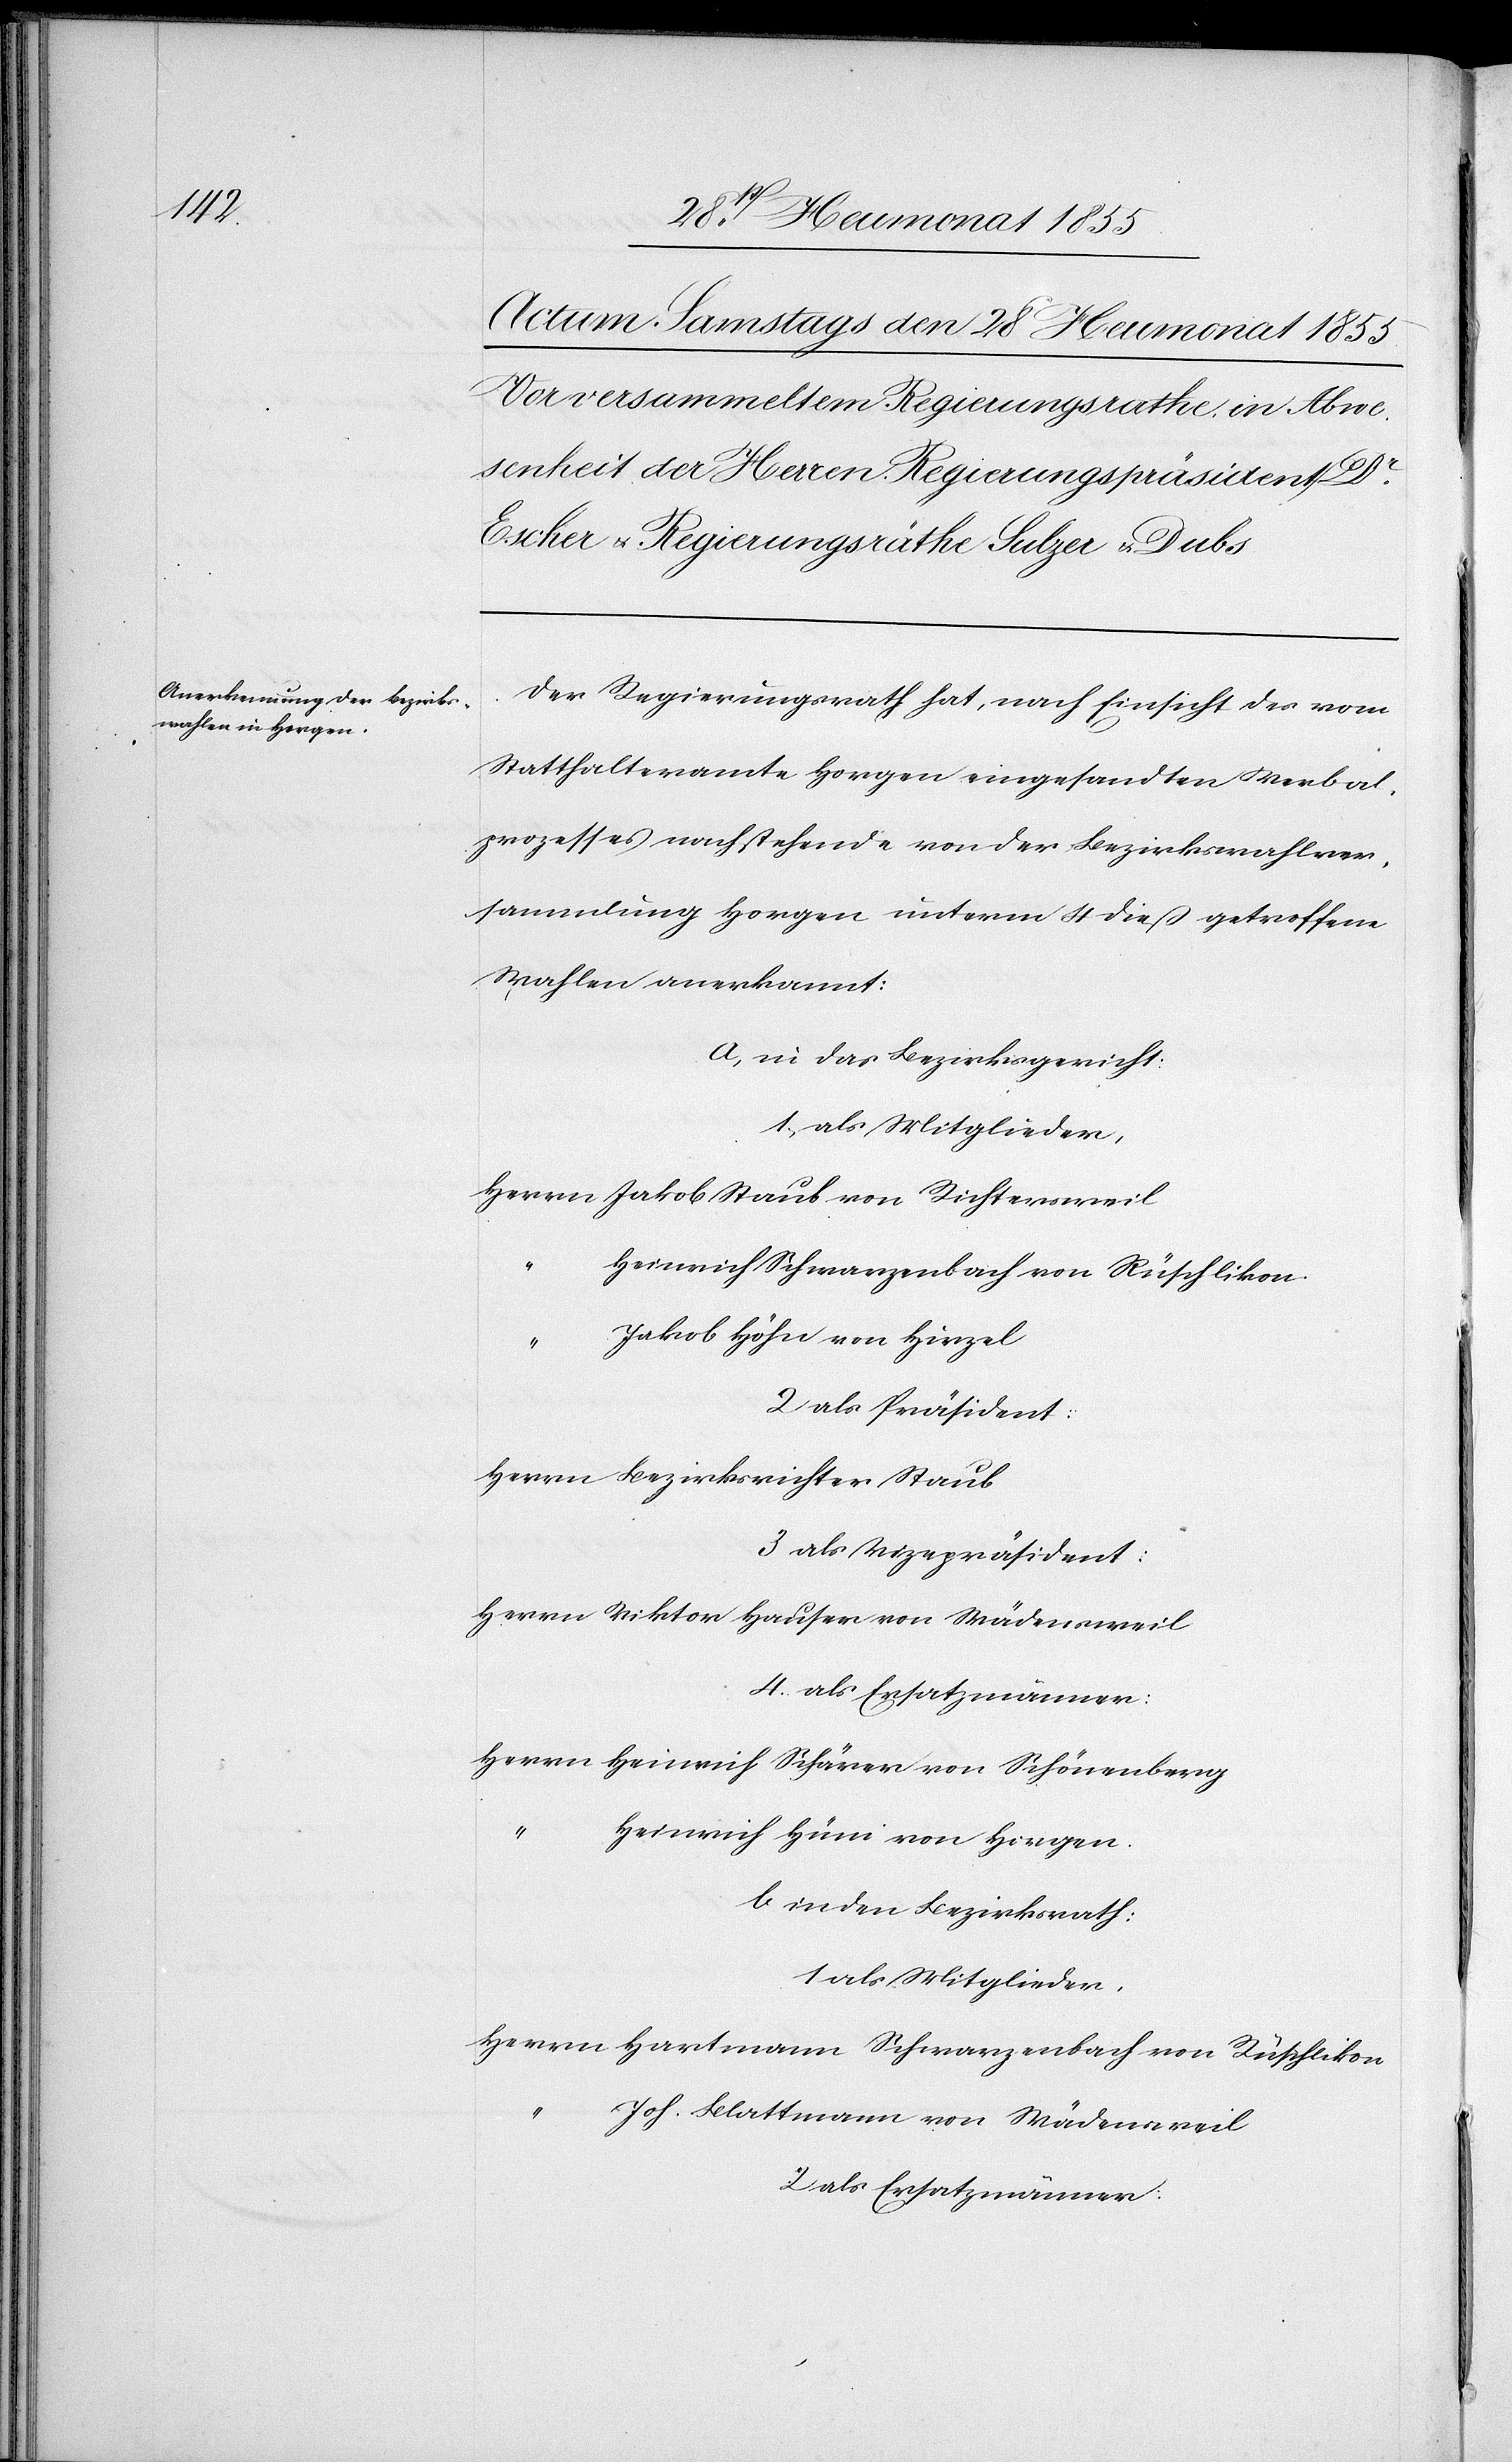
Der Regierungsrath hat, nach Einsicht des vom
Statthalteramte Horgen eingesandten Verbal¬
prozesses nachstehende von der Bezirkswahlver¬
sammlung Horgen unterm 4 dieß getroffene
Wahlen anerkannt:
a, in das Bezirksgericht:
1, als Mitglieder,
Herrn Jakob Staub von Richtersweil
Heinrich Schwarzenbach von Rüschlikon.
Jakob Höhn von Hirzel
2 als Präsident:
Herrn Bezirksrichter Staub
3 als Vizepräsident:
Herrn Viktor Hauser von Wädensweil
4. als Ersatzmänner:
Herrn Heinrich Schärer von Schönenberg
“
Heinrich Hüni von Horgen.
b in den Bezirksrath:
1 als Mitglieder,
Herrn Hartmann Schwarzenbach von Rüschlikon
Joh. Blattmann von Wädensweil
2 als Ersatzmänner: